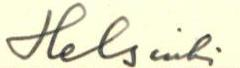
Helsinki